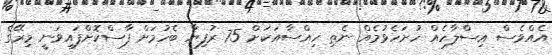
އެއްވެސް އިސްލާހެއް ހުށަހެޅުމެއް ނެތި ހިއްސާއަކަށް 75 ރުފިޔާ ބެހުމަށް ފާސްކޮށްފައިވަނީ މިރޭގެ